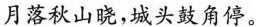
月落秋山晓，城头鼓角停。